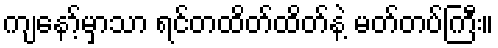
ကျနော့်မှာသာ ရင်တထိတ်ထိတ်နဲ့ မတ်တပ်ကြီး။